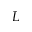
L